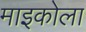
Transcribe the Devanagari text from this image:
माइकोला